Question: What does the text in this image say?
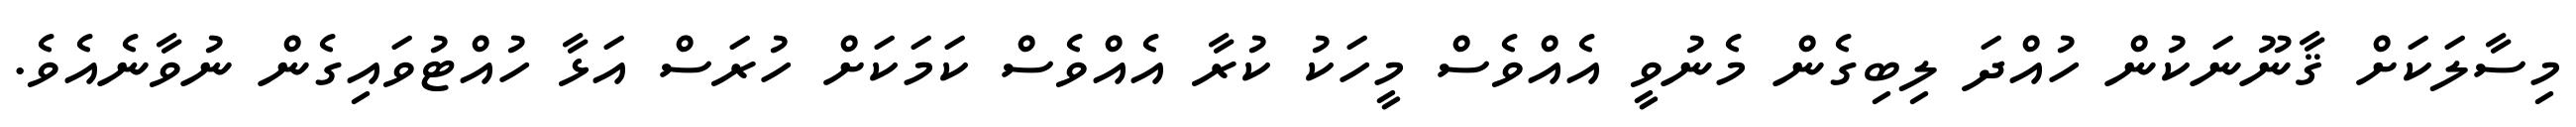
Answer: މިސާލަކަށް ޤާނޫނަކުން ހުއްދަ ލިބިގެން މެނުވީ އެއްވެސް މީހަކު ކުރާ އެއްވެސް ކަމަކަށް ހުރަސް އަޅާ ހުއްޓުވައިގެން ނުވާނެއެވެ.